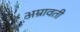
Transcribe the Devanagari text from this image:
अम्रावती